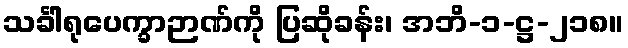
သင်္ခါရုပေက္ခာဉာဏ်ကို ပြဆိုခန်း၊ အဘိ-၁-ဋ္ဌ-၂၁၈။